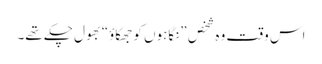
اس وقت وہ شخص ”نگاہوں کو جھکاؤ“ بھول چکے تھے۔